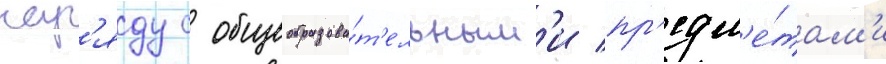
нар'яду с общеобразова́т'ельным'и пр'едм'е́там'и